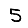
Digit: 5